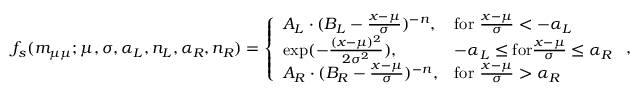
f _ { s } ( \ensuremath { m _ { \mu \mu } } ; \mu , \sigma , \alpha _ { L } , n _ { L } , \alpha _ { R } , n _ { R } ) = \left\{ \begin{array} { l l } { A _ { L } \cdot ( B _ { L } - \frac { x - \mu } { \sigma } ) ^ { - n } , } & { \mathrm { f o r ~ } \frac { x - \mu } { \sigma } < - \alpha _ { L } } \\ { \exp ( - \frac { ( x - \mu ) ^ { 2 } } { 2 \sigma ^ { 2 } } ) , } & { - \alpha _ { L } \leq \mathrm { f o r } \frac { x - \mu } { \sigma } \leq \alpha _ { R } } \\ { A _ { R } \cdot ( B _ { R } - \frac { x - \mu } { \sigma } ) ^ { - n } , } & { \mathrm { f o r ~ } \frac { x - \mu } { \sigma } > \alpha _ { R } } \end{array} \right. ,